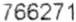
766271